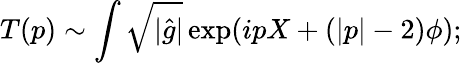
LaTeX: T(p)\sim\int\sqrt{|{\hat{g}}|}\exp(ipX+(|p|-2)\phi);